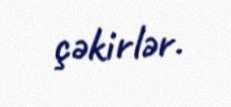
çəkirlər.